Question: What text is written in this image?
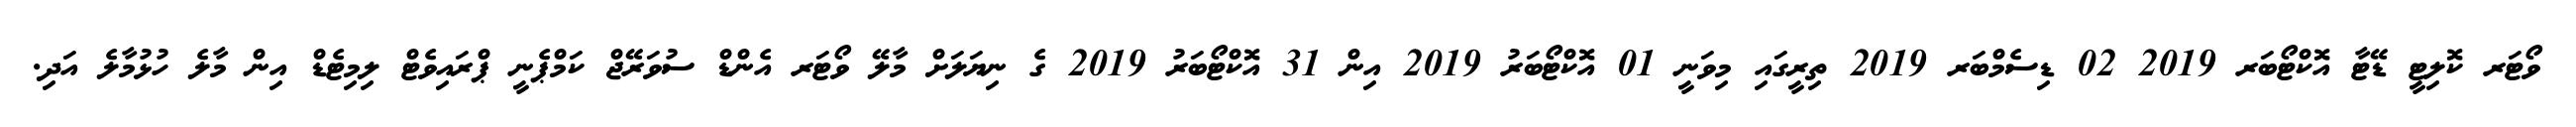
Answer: ވޯޓަރ ކޮލިޓީ ޑޭޓާ އޮކްޓޯބަރ 2019 02 ޑިސެމްބަރ 2019 ތިރީގައި މިވަނީ 01 އޮކްޓޯބަރު 2019 އިން 31 އޮކްޓޯބަރު 2019 ގެ ނިޔަލަށް މާލޭ ވޯޓަރ އެންޑް ސުވަރޭޖް ކަމްޕެނީ ޕްރައިވެޓް ލިމިޓެޑް އިން މާލެ ހުޅުމާލެ އަދި.